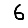
Digit: 6